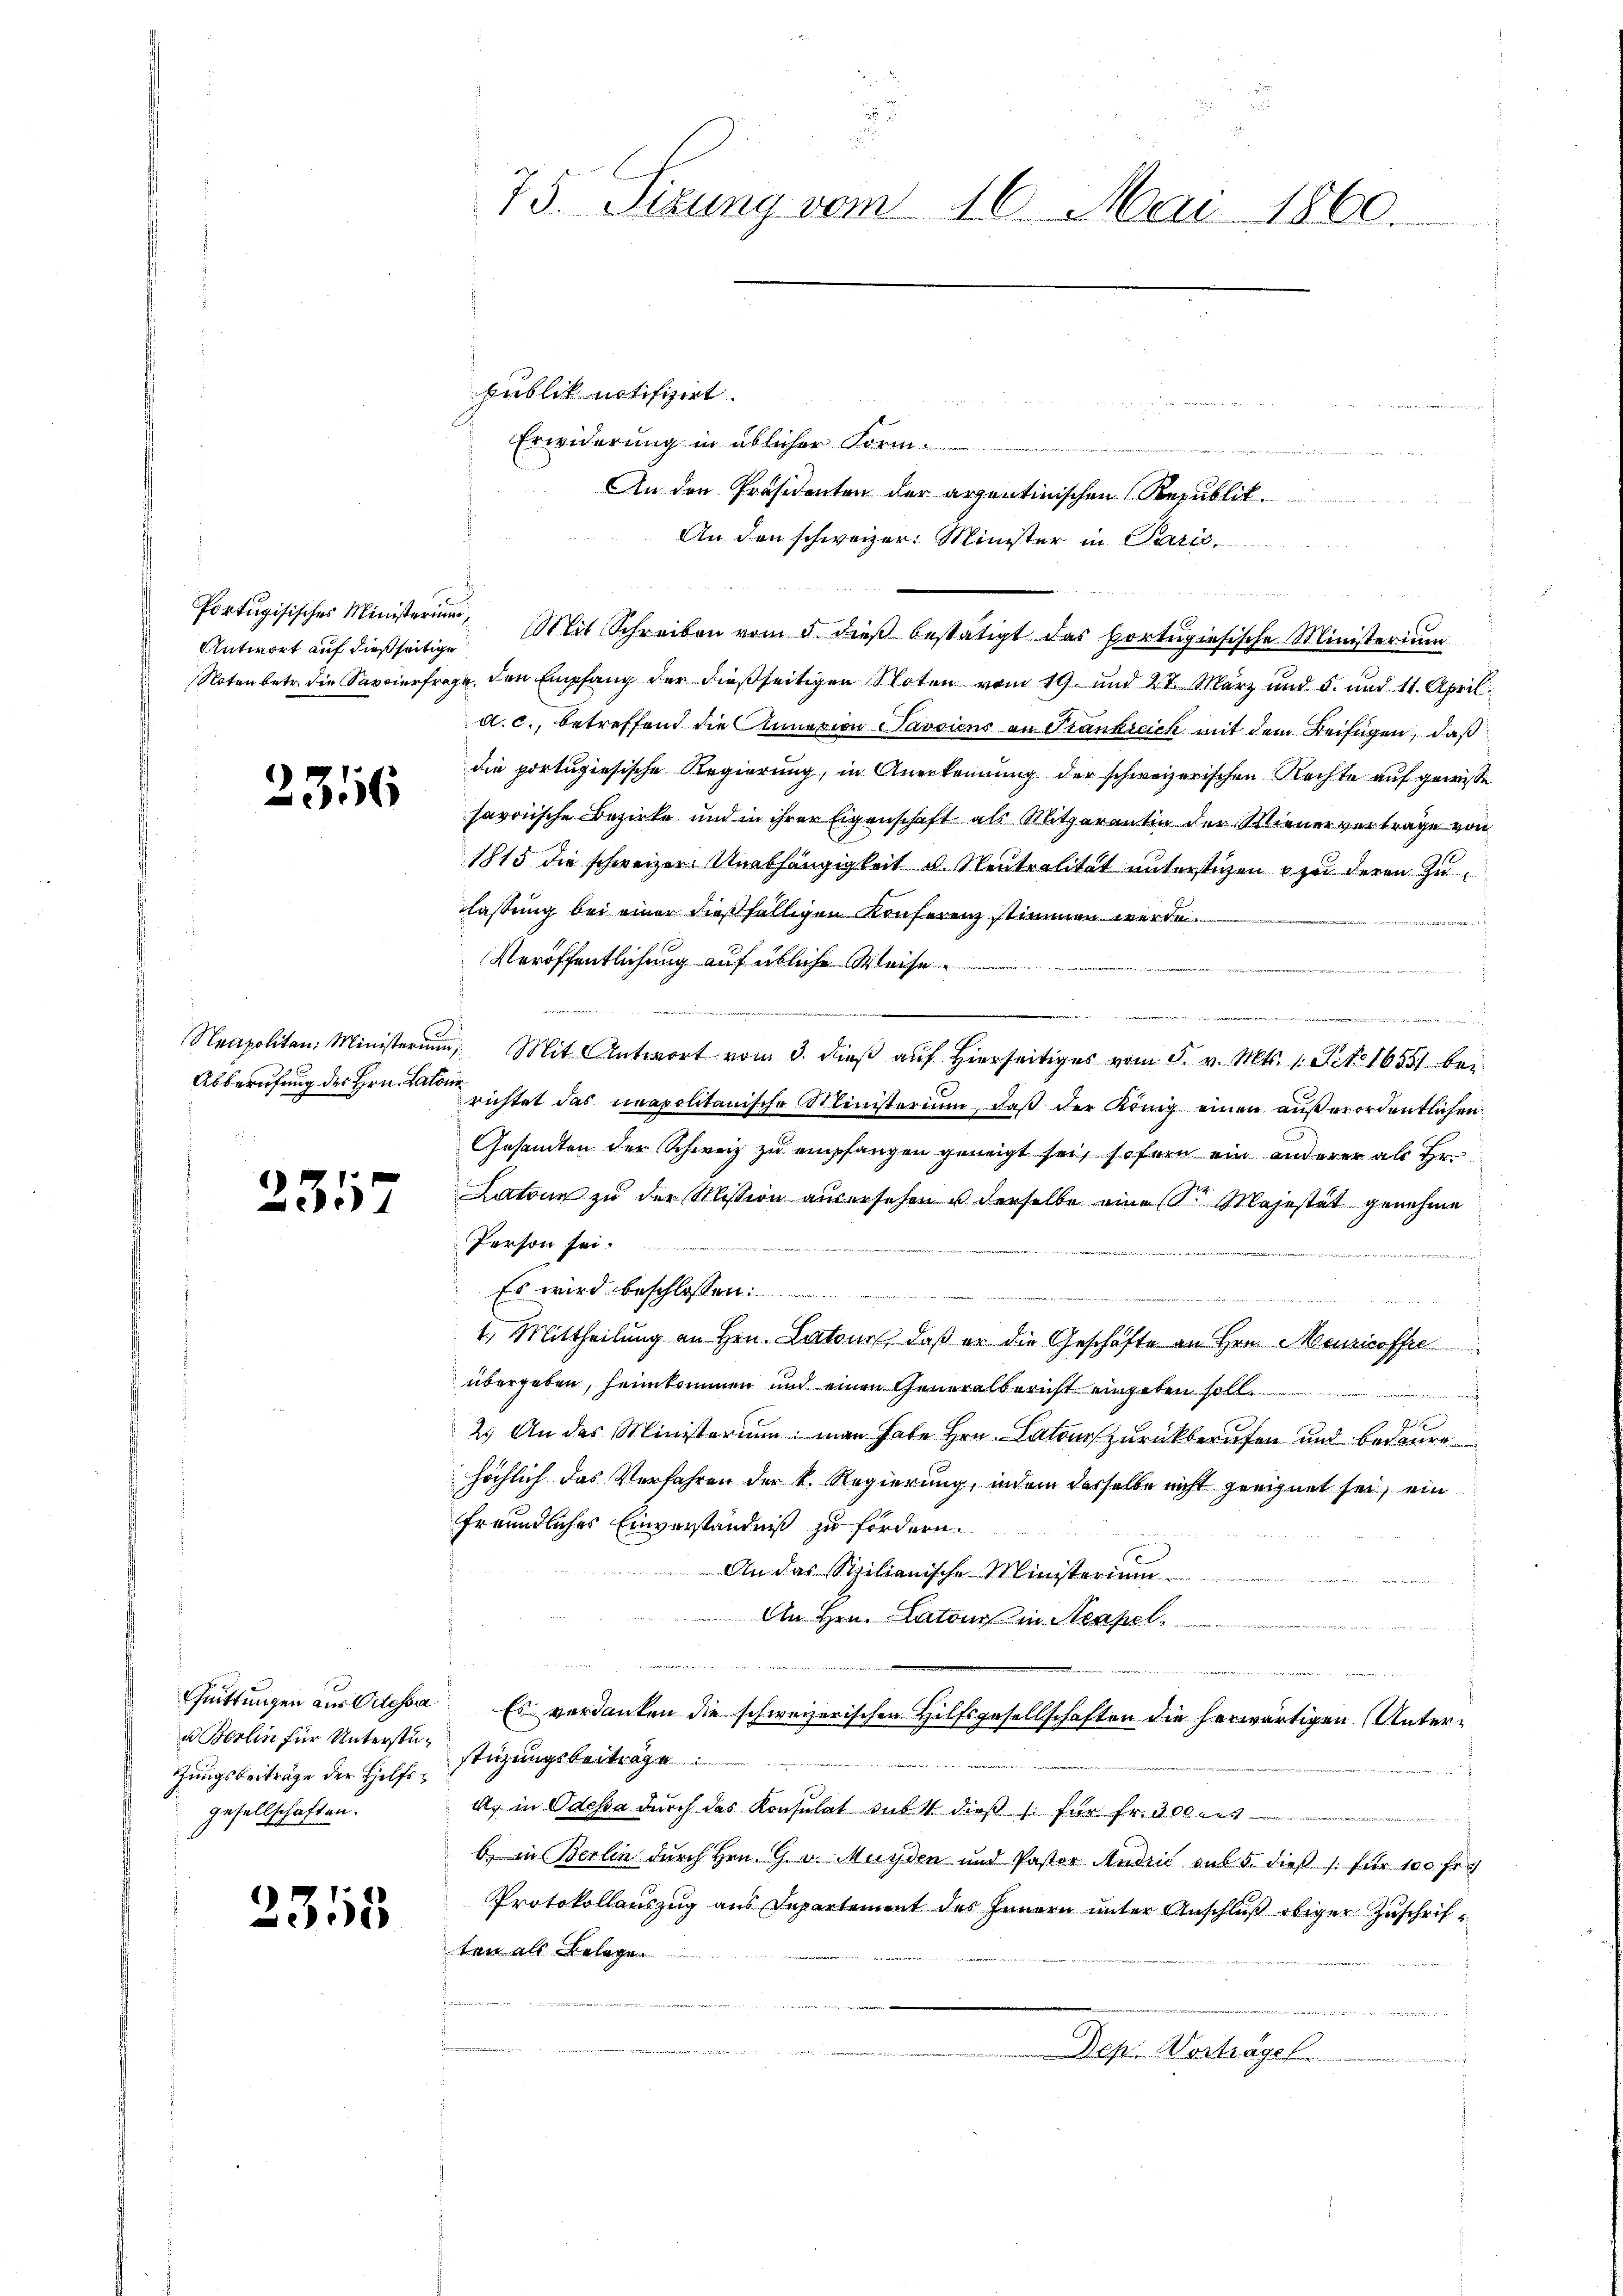
Antwort auf dießseitige

2316

2317

Quittungen aus Odessa
u Berlin für Unterstütungsbeiträge der Hilfsgesellschaften.

2315

75. Sizung vom 16. Mai 1860.

publik notifizirt.
2
e
Erwiderung in üblicher Form
An den Präsidenten der arzentinischen Republik
An den schweizer: Minister in Paris

Portugisisches Ministerŭm, Mit Schreiben vom 5. dieβ bestätigt das portŭgiesische Ministeriŭm
Noten betr. die Savierfrage, den Empfang der dießseitigen Noten vom 19. und 27. März und 5. und 11. April
d.c., betreffend die Annasion Savsiens an Frankreich mit dem Beifügen, daß
die portugiesische Regierung, in Anerkennung der schweizerischen Rechte auf gewisse
savoische Bezirke und in ihrer Eigenschaft als Mitzarantin der Miener vertrage von
1815 die schweizer Unabhängigkeit u. Neutralität unterstigen zu deren Zulassung bei einer dießfälligen Konferenz stimmen werde.
Veröffentlichung auf übliche Weise.
 . . . . .
Neapolitan: Ministerium, Mit Antwort vom 3. dβ aŭf hiers vom 5. v. Mts. 1. Tit. 1655 bei
Abberufung des Hrn. Le richtet das unapolitanische Ministerium, daß der König einen außerordentlichen
Gesandten der Schweiz zu empfangen geneigt sei, sofern ein anderer als Hr.
Latone zu der Mission ausersehen u derselbe eine (S. Majestät genehme
Person sei.
 272. 242. 440 n 1. 22
Es wird beschlossen:
e
a der
1. Mittheilung an Hrn. Latour, daß er die Geschäfte an Hrn. Meuricoffre
übergeben, heimkommen und einen Generalbericht eingeben soll.
f
7
2.) An das Ministerium man habe Hrn. Catone zurückberufen und bedaure
höchlich das Verfahren der k. Regierung, indem dasselbe nicht geeignet sei, ein
freundliches Einverständniß zu fördern.
An das Sizilianische Ministerium
An Hrn. Latons in Neapel
Es verdanken die schweizerischen Hilfsgesellschaften die herwärtigen Unterstüzungsbeitrage
¬
a. in Odessa durch das Konsulat subt dieß s. für Fr. 200
b. in Berlin durch Hrn. G. u. Münden und Pastor Andrić dus 5. dieß s. für 100 fr.
Protokollauszug aus Departement des Innern unter Anschluß obiger Zuschriften als Belege.
.
Dep. Verhagel
d

u